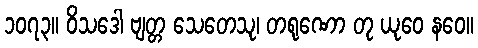
၁၀၇၃။ ဝိသဒေါ ဗျတ္တ သေတေသု၊ တရုဏော တု ယုဝေ နဝေ။